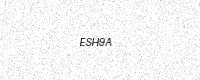
Text: ESH9A